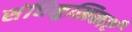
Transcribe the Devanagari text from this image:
संधिमुखिकाएँ